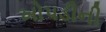
ખોપડીની